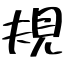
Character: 規